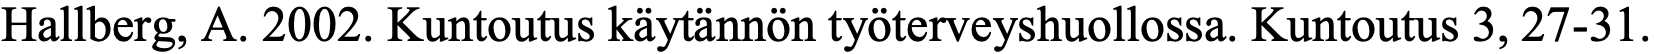
Hallberg, A. 2002. Kuntoutus käytännön työterveyshuollossa. Kuntoutus 3, 27-31.